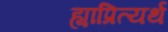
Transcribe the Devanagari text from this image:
ह्याप्रित्यर्थ